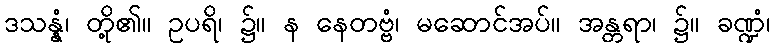
ဒသန္နံ၊ တို့၏။ ဥပရိ၊ ၌။ န နေတဗ္ဗံ၊ မဆောင်အပ်။ အန္တရာ၊ ၌။ ခဏ္ဍံ၊